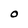
Character: O